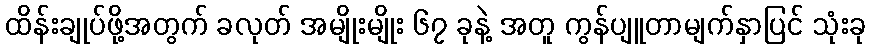
ထိန်းချုပ်ဖို့အတွက် ခလုတ် အမျိုးမျိုး ၆၇ ခုနဲ့ အတူ ကွန်ပျူတာမျက်နှာပြင် သုံးခု